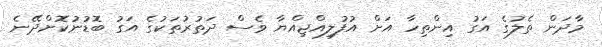
މާދަން ތެލުގެ އަގު އިންތިހާ އަށް އުފުލިއްޖިއްޔާ ވެސް ދަތުރުތަކުގެ އަގު ބޮޑުނުކޮށްދޭނެ